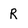
Character: R